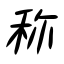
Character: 称